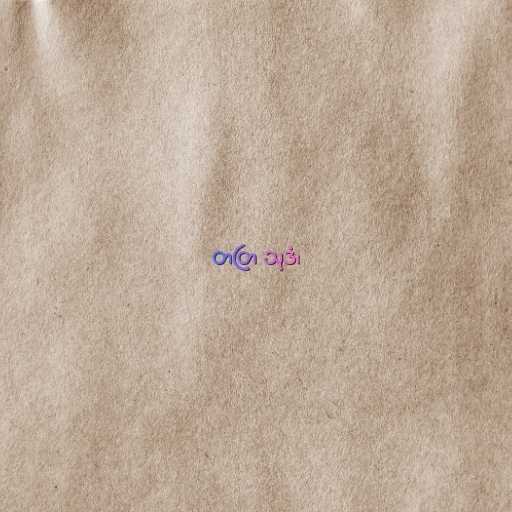
တတြ သုဒံ၊